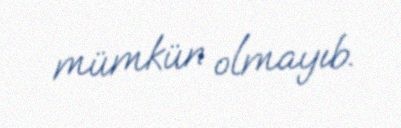
mümkün olmayıb.